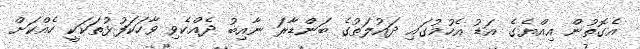
އެގޮތުން އިއްޔެގެ އަޑު އެހުމުގައި ދައުލަތުގެ ބަންޑާރަ ނާއިބު ދެއްކެވި ވާހަކަފުޅުތަކަކީ ހެއްކަށް